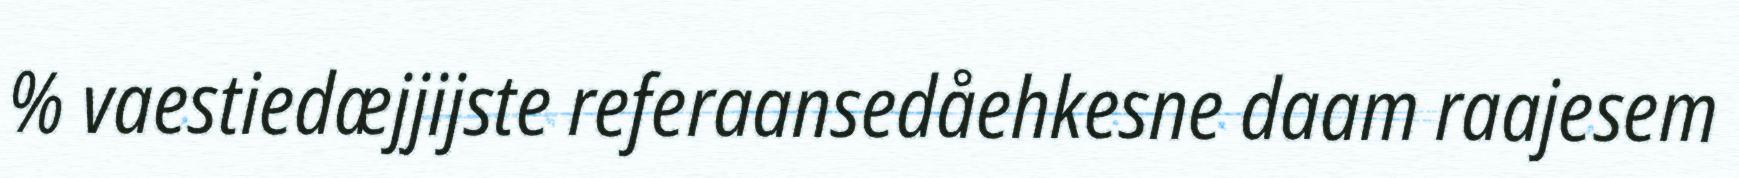
% vaestiedæjjijste referaansedåehkesne daam raajesem